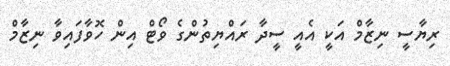
ރިޔާސީ ނިޒާމް އަކީ އެއީ ސީދާ ރައްޔިތުންގެ ވޯޓް އިން ހޮވާފައިވާ ނިޒާމް